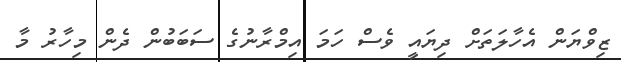
ޒިވްޔަން އެހާލަތަށް ދިޔައީ ވެސް ހަމަ އިމްރާނުގެ ސަބަބުން ދެން މިހާރު މާ